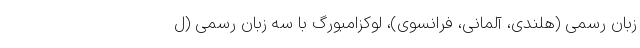
زبان رسمی (هلندی، آلمانی، فرانسوی)، لوکزامبورگ با سه زبان رسمی (ل